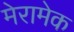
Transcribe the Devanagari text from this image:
मेरामेक